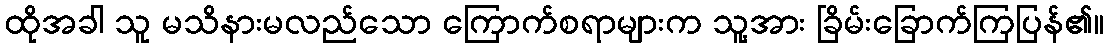
ထိုအခါ သူ မသိနားမလည်သော ကြောက်စရာများက သူ့အား ခြိမ်းခြောက်ကြပြန်၏။